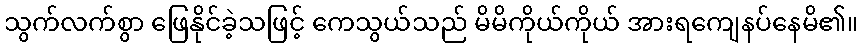
သွက်လက်စွာ ဖြေနိုင်ခဲ့သဖြင့် ကေသွယ်သည် မိမိကိုယ်ကိုယ် အားရကျေနပ်နေမိ၏။